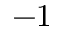
- 1